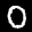
Label: 0